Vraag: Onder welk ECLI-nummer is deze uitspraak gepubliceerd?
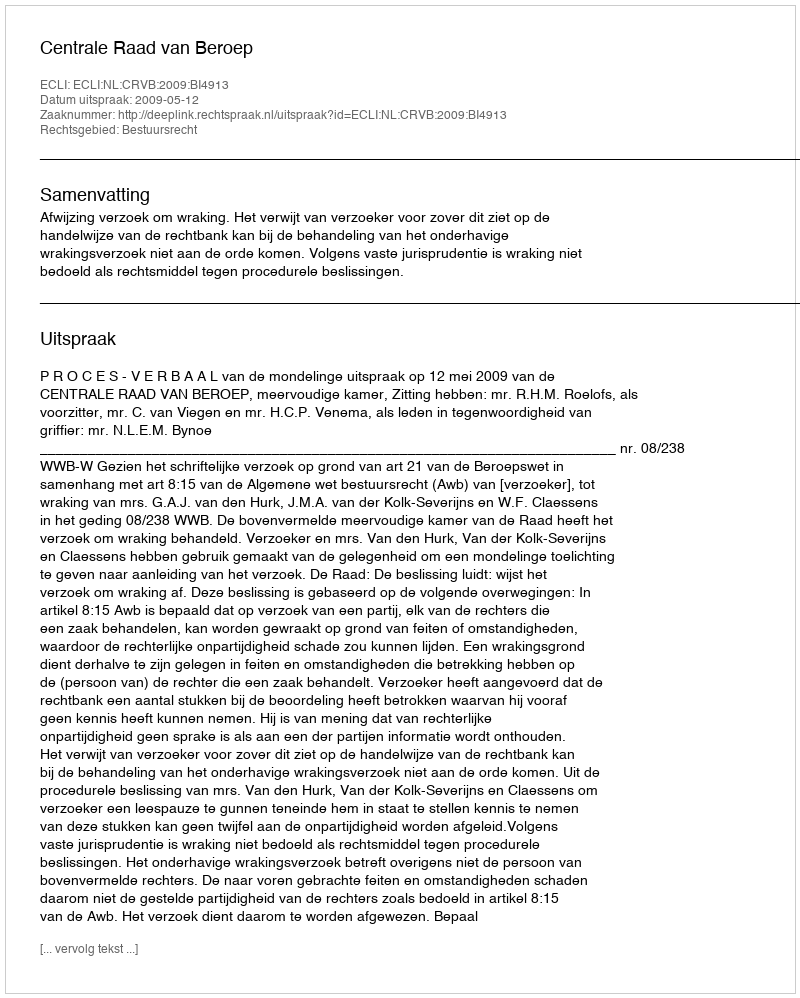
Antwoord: ECLI:NL:CRVB:2009:BI4913